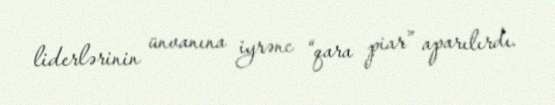
liderlərinin ünvanına iyrənc “qara piar” aparılırdı.